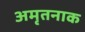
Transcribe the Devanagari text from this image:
अमृतनाक